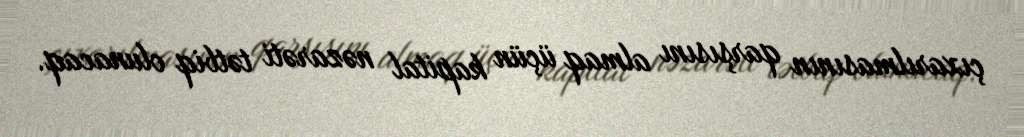
çıxarılmasının qarşısını almaq üçün kapital nəzarəti tətbiq olunacaq.